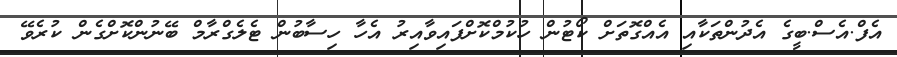
އެފް.އެސް.ބީގެ އެދުންތަކާއި އެއްގޮތަށް ކޯޓުން ހުކުމްކޮށްފައިވާއިރު އެހާ ހިސާބުން ޓެލެގްރާމް ބޭނުންކޮށްގެން ކުރެވޭ